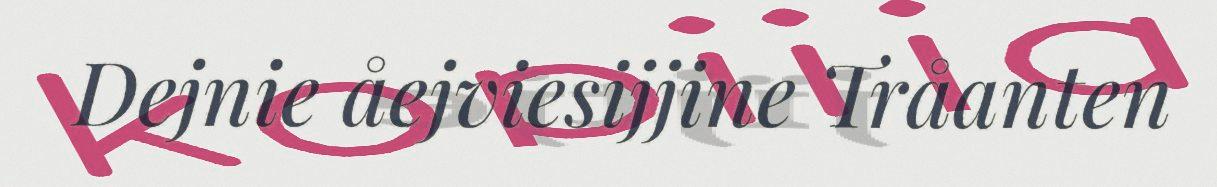
Dejnie åejviesijjine Tråanten